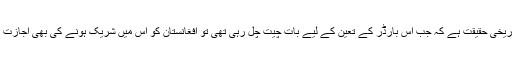
یہ ایک تاریخی حقیقت ہے کہ جب اس بارڈر کے تعین کے لیے بات چیت چل رہی تھی تو افغانستان کو اس میں شریک ہونے کی بھی اجازت نہیں تھی۔